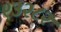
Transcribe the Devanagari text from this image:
९३२८२